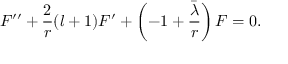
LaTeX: F ^ { \prime \prime } + \frac 2 r ( l + 1 ) F ^ { \prime } + \left( - 1 + \frac { \bar { \lambda } } { r } \right) F = 0 .